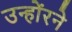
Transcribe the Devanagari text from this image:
उन्होंरने